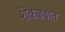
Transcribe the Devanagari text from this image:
शेकड्यात